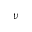
\nu